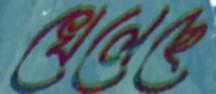
খেলেছে